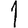
Digit: 1